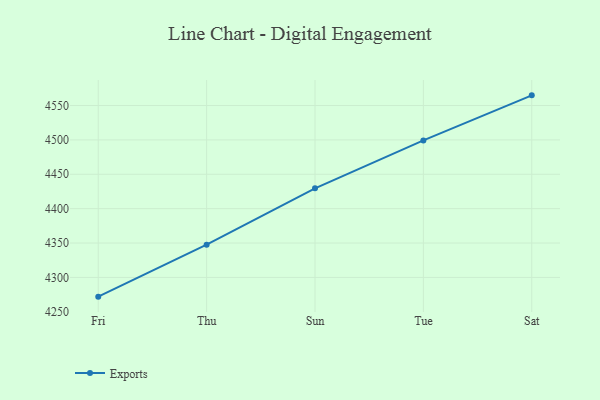
{"axis": {"x": "Day", "y": "Temperature (°C)"}, "legend": ["Exports"], "data": [{"x": "Fri", "y": 4272.0, "type": "Exports"}, {"x": "Thu", "y": 4347.6, "type": "Exports"}, {"x": "Sun", "y": 4429.6, "type": "Exports"}, {"x": "Tue", "y": 4499.3, "type": "Exports"}, {"x": "Sat", "y": 4564.8, "type": "Exports"}]}